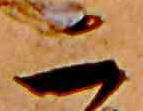
二